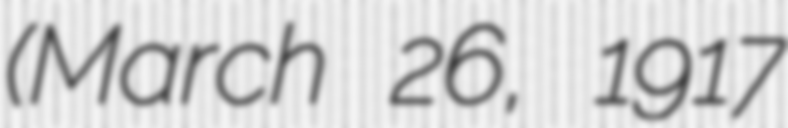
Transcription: (March 26, 1917